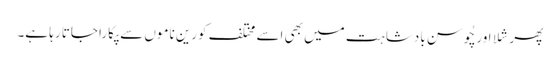
پھر شلا اور چُوسن بادشاہت میں بھی اسے مختلف کورین ناموں سے پکارا جاتا رہا ہے۔